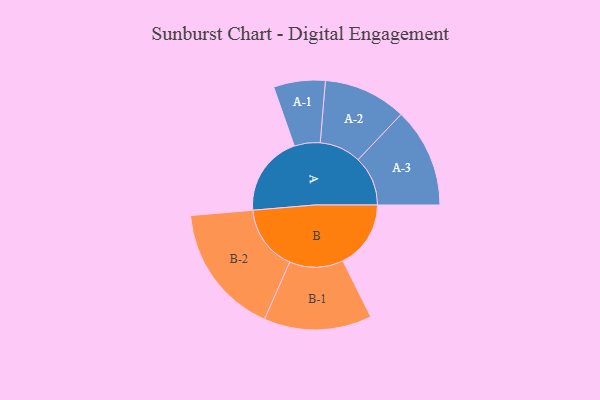
{"axis": {"x": "Segment", "y": "Value"}, "legend": ["", "A", "B"], "data": [{"x": "A", "y": 351, "type": ""}, {"x": "B", "y": 295, "type": ""}, {"x": "A-1", "y": 112, "type": "A"}, {"x": "A-2", "y": 180, "type": "A"}, {"x": "A-3", "y": 216, "type": "A"}, {"x": "B-1", "y": 234, "type": "B"}, {"x": "B-2", "y": 285, "type": "B"}]}